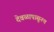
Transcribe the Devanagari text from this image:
देवळापासूनच